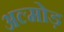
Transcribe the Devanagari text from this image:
अल्मोड़